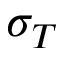
\sigma _ { T }